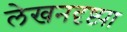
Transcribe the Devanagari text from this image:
लेखनदृष्ट्या